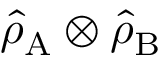
\hat { \rho } _ { \mathrm { A } } \otimes \hat { \rho } _ { \mathrm { B } }